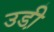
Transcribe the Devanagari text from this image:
उडी़